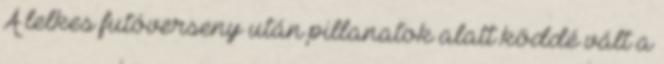
A lelkes futóverseny után pillanatok alatt köddé vált a